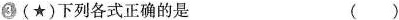
③ (★)下列各式正确的是 ( )